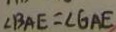
\angle B A E = \angle G A E